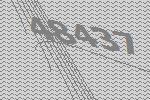
48437